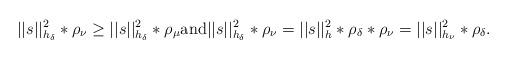
LaTeX: \begin{align*} ||s||^2_{h_\delta}\ast\rho_\nu\geq||s||^2_{h_\delta}\ast\rho_\mu \mathrm{and} ||s||^2_{h_\delta}\ast\rho_\nu=||s||^2_h\ast\rho_\delta\ast\rho_\nu=||s||^2_{h_\nu}\ast\rho_\delta. \end{align*}